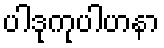
ပါဒုကုပါဟနာ